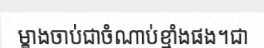
ម្ខាងចាប់ជាចំណាប់ខ្មាំងផង។ជា